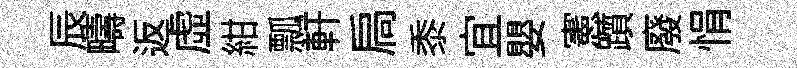
辰疇返虚紺瓢軒扃黍宜嬰憲躓廢悁